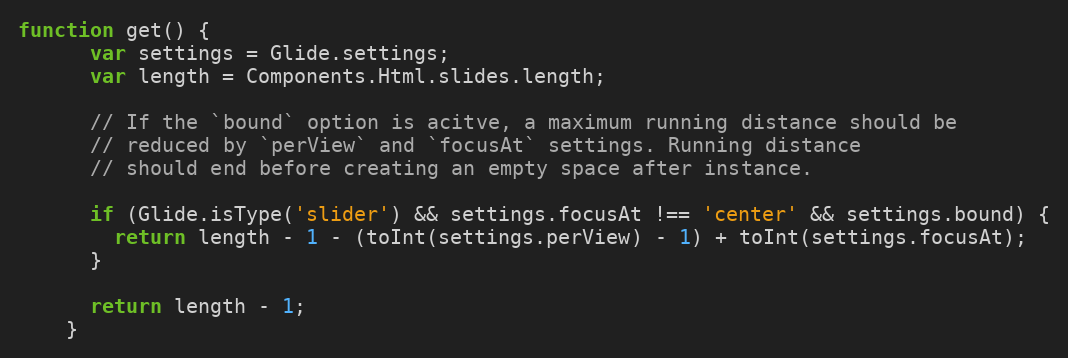
Language: JavaScript
function get() {
      var settings = Glide.settings;
      var length = Components.Html.slides.length;

      // If the `bound` option is acitve, a maximum running distance should be
      // reduced by `perView` and `focusAt` settings. Running distance
      // should end before creating an empty space after instance.

      if (Glide.isType('slider') && settings.focusAt !== 'center' && settings.bound) {
        return length - 1 - (toInt(settings.perView) - 1) + toInt(settings.focusAt);
      }

      return length - 1;
    }